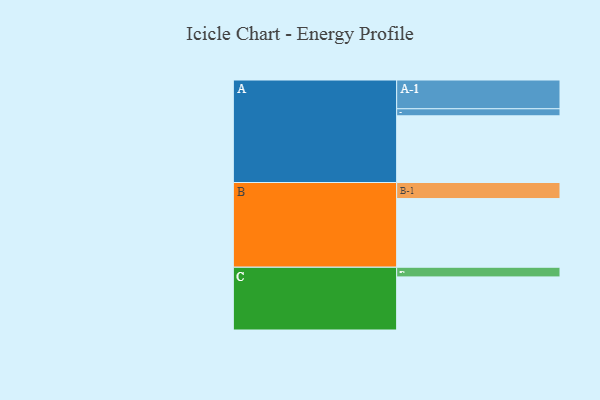
{"axis": {"x": "Segment", "y": "Value"}, "legend": ["", "A", "B", "C"], "data": [{"x": "A", "y": 510, "type": ""}, {"x": "B", "y": 525, "type": ""}, {"x": "C", "y": 406, "type": ""}, {"x": "A-1", "y": 220, "type": "A"}, {"x": "A-2", "y": 54, "type": "A"}, {"x": "B-1", "y": 123, "type": "B"}, {"x": "C-1", "y": 74, "type": "C"}]}